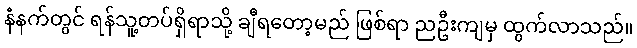
နံနက်တွင် ရန်သူ့တပ်ရှိရာသို့ ချီရတော့မည် ဖြစ်ရာ ညဦးကျမှ ထွက်လာသည်။